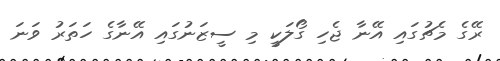
ރޭގެ މެޗުގައި އޭނާ ޖެހި ގޯލަކީ މި ސީޒަނުގައި އޭނާގެ ހަތަރު ވަނަ